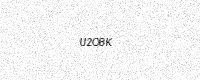
Text: U2O8K